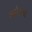
કરોડમા